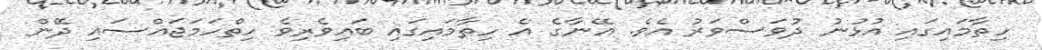
ހިތާމައިގައި އުޅުނު ދުވަސްވަރު އެވެ. އޭނާގެ އެ ހިތާމައިގައި ބައިވެރިވެ ހިތްހަމަޖައްސައި ދޭން